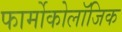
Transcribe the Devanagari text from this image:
फार्मोकोलॉजिक